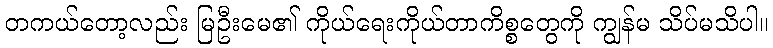
တကယ်တော့လည်း မြဦးမေ၏ ကိုယ်ရေးကိုယ်တာကိစ္စတွေကို ကျွန်မ သိပ်မသိပါ။